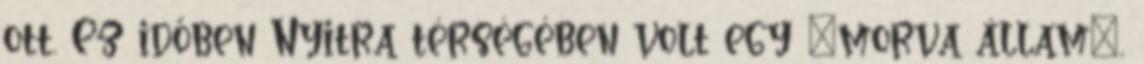
ott. Ez időben Nyitra térségében volt egy „morva állam”,